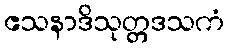
ဧသနာဒိသုတ္တဒသကံ